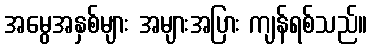
အမွေအနှစ်များ အများအပြား ကျန်ရစ်သည်။